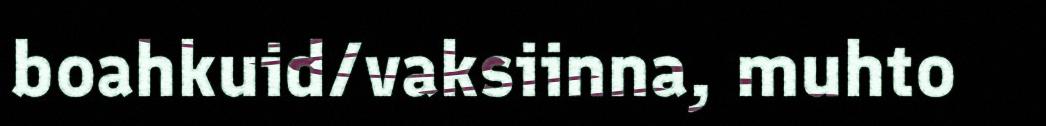
boahkuid/vaksiinna, muhto